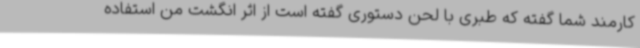
کارمند شما گفته که طبری با لحن دستوری گفته است از اثر انگشت من استفاده